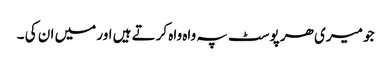
جو میری ھر پوسٹ پہ واہ واہ کرتے ہیں اور میں ان کی ۔